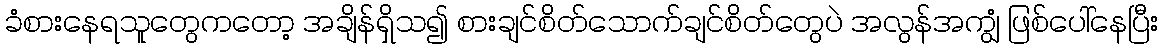
ခံစားနေရသူတွေကတော့ အချိန်ရှိသ၍ စားချင်စိတ်သောက်ချင်စိတ်တွေပဲ အလွန်အကျွံ ဖြစ်ပေါ်နေပြီး